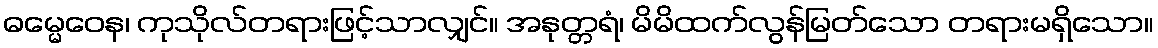
ဓမ္မေဝေန၊ ကုသိုလ်တရားဖြင့်သာလျှင်။ အနုတ္တရံ၊ မိမိထက်လွန်မြတ်သော တရားမရှိသော။